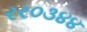
રર૦૩૪૪